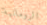
الرومانية